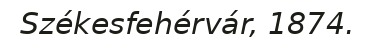
Székesfehérvár, 1874.